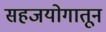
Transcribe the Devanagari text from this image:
सहजयोगातून